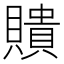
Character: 𧸃